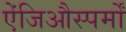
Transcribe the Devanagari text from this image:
ऐंजिऔस्पर्मों